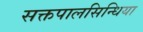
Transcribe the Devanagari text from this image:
सक्तपालसिन्धिया